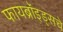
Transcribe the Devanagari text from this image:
फायब्रॉइड्सचे